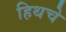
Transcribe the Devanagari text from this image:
हिथचे